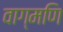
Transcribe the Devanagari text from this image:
वाग्मणि